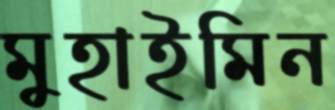
মুহাইমিন